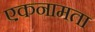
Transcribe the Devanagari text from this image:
एकनामता